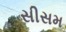
સીસમ